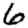
Digit: 6